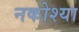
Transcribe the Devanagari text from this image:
नकोश्या